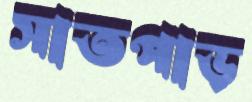
সাতপাড়